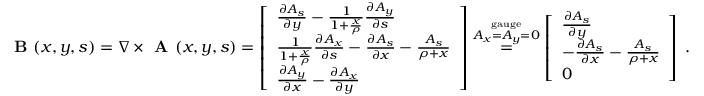
\textbf { B } ( x , y , s ) = \nabla \times \textbf { A } ( x , y , s ) = \left[ \begin{array} { l } { \frac { \partial A _ { s } } { \partial y } - \frac { 1 } { 1 + \frac { x } { \rho } } \frac { \partial A _ { y } } { \partial s } } \\ { \frac { 1 } { 1 + \frac { x } { \rho } } \frac { \partial A _ { x } } { \partial s } - \frac { \partial A _ { s } } { \partial x } - \frac { A _ { s } } { \rho + x } } \\ { \frac { \partial A _ { y } } { \partial x } - \frac { \partial A _ { x } } { \partial y } } \end{array} \right] \overset { \overset { \mathrm { g a u g e } } { A _ { x } = A _ { y } = 0 } } { = } \left[ \begin{array} { l } { \frac { \partial A _ { s } } { \partial y } } \\ { - \frac { \partial A _ { s } } { \partial x } - \frac { A _ { s } } { \rho + x } } \\ { 0 } \end{array} \right] \; .